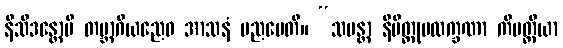
နိသီဒန္တောပိ တဗ္ဘာဂိယညေဝ အာသနံ ပညပေတိ။ “သမန္တာ နိမိတ္တုပလက္ခဏာ ကိမတ္ထိယာ